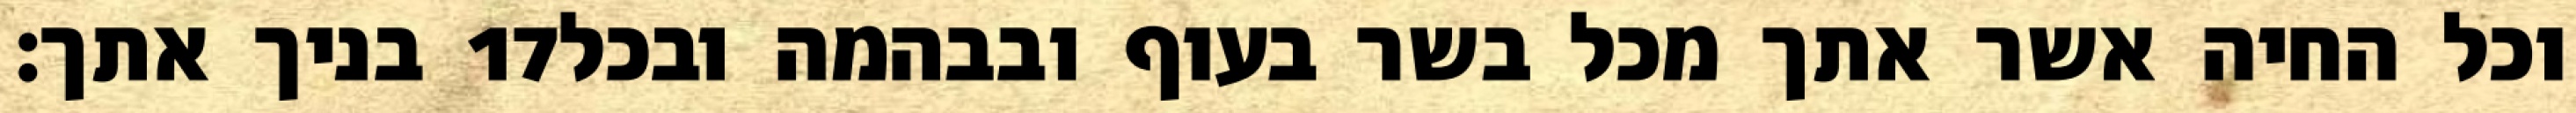
בניך אתך׃ ‎17‏ וכל החיה אשר אתך מכל בשר בעוף ובבהמה ובכל